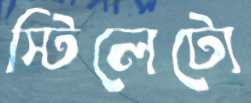
স্টিলেটো